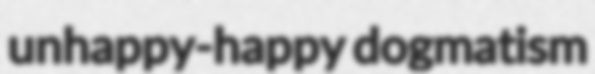
unhappy-happy dogmatism